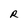
Character: R